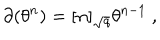
\partial ( \theta ^ { n } ) = [ n ] _ { \sqrt { q } } \theta ^ { n - 1 } \ ,